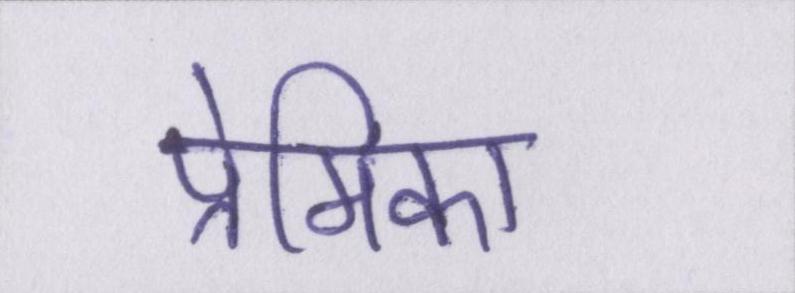
प्रेमिका